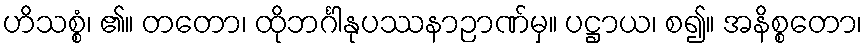
ဟိသစ္စံ၊ ၏။ တတော၊ ထိုဘင်္ဂါနုပဿနာဉာဏ်မှ။ ပဋ္ဌာယ၊ စ၍။ အနိစ္စတော၊